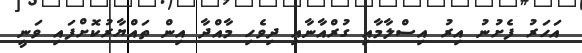
އަހަރު ފެށުނު އިރު އިސްލާމާއި ގުރްއާނާއި ދިވެހި މާއްދާ އިން ތައްޔާރުކޮށްފައި ވަނީ